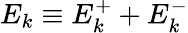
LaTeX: E_{k}\equiv E_{k}^{+}+E_{k}^{-}